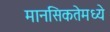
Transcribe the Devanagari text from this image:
मानसिकतेमध्ये